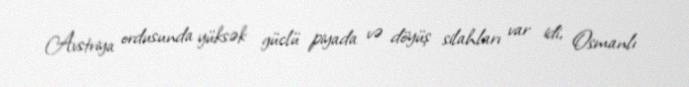
Avstriya ordusunda yüksək güclü piyada və döyüş silahları var idi, Osmanlı